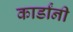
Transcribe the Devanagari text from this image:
कार्डांनी